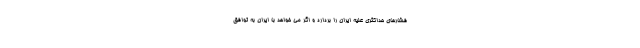
فشارهای حداکثری علیه ایران را بردارد و اگر می خواهد با ایران به توافق